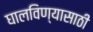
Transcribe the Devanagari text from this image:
घालविण्‍यासाठी